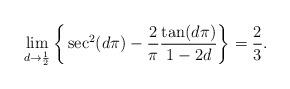
LaTeX: \begin{align*}\lim_{d\to\frac{1}{2}}\bigg\{\sec^2(d\pi)-\frac{2}{\pi}\frac{\tan(d\pi)}{1-2d}\bigg\}=\frac{2}{3}. \end{align*}